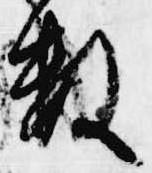
数